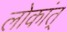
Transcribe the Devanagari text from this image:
लोकांत्‌